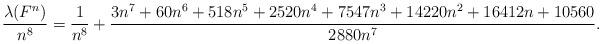
LaTeX: \begin{align*}\frac{\lambda(F^n)}{n^8}= \frac{1}{n^8}+\frac{3 n^7+60 n^6+518 n^5+2520 n^4+7547 n^3+14220 n^2+16412 n+10560}{2880 n^7}.\end{align*}